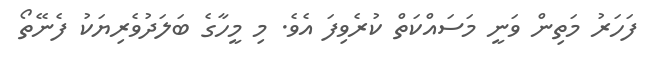
ފަހަރު މަތިން ވަނީ މަސައްކަތް ކުރެވިފަ އެވެ. މި މީހާގެ ބަލަދުވެރިޔަކު ފެނޭތޯ